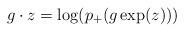
LaTeX: \begin{align*} g\cdot z = \log(p_+(g\exp(z)))\end{align*}